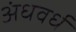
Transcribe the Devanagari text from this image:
अंधवर्ध